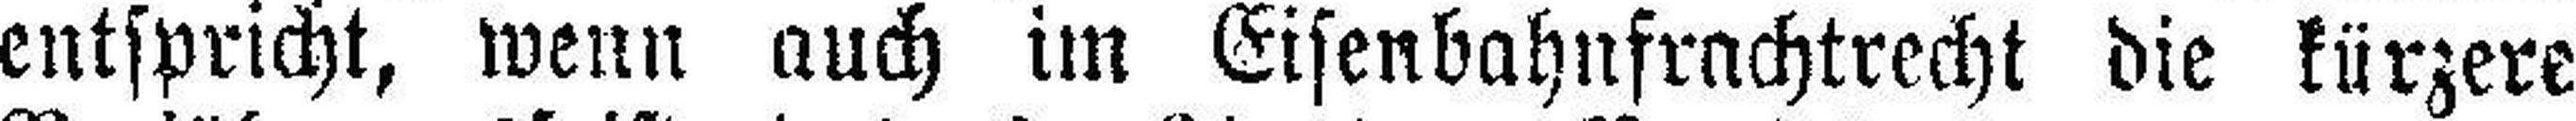
entspricht, wenn auch im Eisenbahnfrachtrecht die kürzere